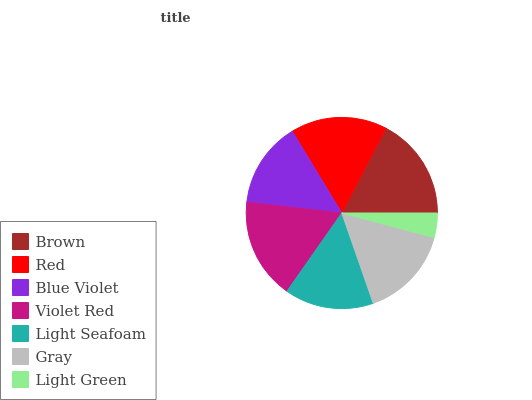
| Brown | Red | Blue Violet | Violet Red | Light Seafoam | Gray | Light Green |
 | --- | --- | --- | --- | --- | --- | --- |
 | 17.4% | 16.3% | 14.5% | 17.1% | 15.1% | 15.6% | 4.14% |